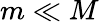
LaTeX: m\ll M